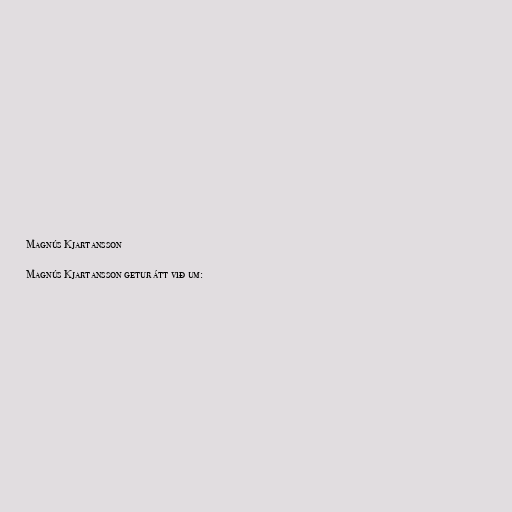
Magnús Kjartansson

Magnús Kjartansson getur átt við um: